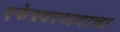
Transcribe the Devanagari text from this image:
एकेश्वरवादाचा